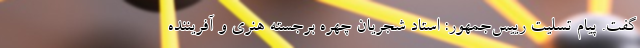
گفت. پیام تسلیت رییس‌جمهور: استاد شجریان چهره برجسته هنری و آفریننده